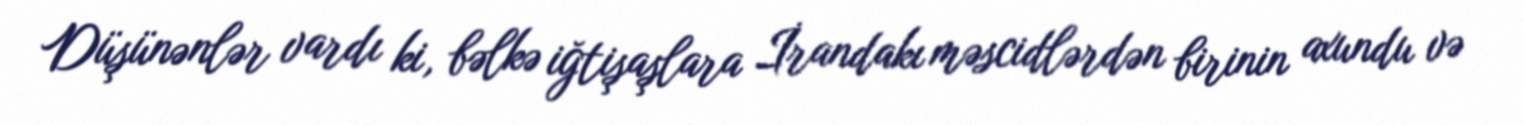
Düşünənlər vardı ki, bəlkə iğtişaşlara İrandakı məscidlərdən birinin axundu və